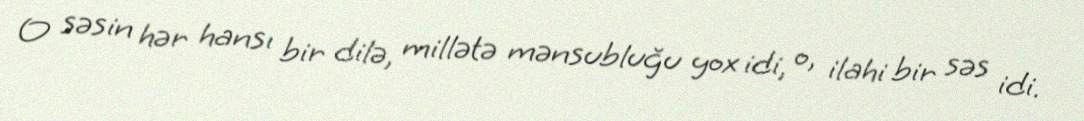
O səsin hər hansı bir dilə, millətə mənsubluğu yox idi, o, ilahi bir səs idi.